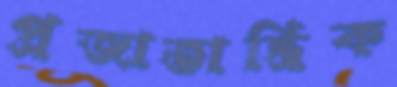
প্রজাতান্ত্রিক